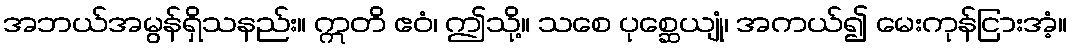
အဘယ်အမွန်ရှိသနည်း။ ဣတိ ဧဝံ၊ ဤသို့။ သစေ ပုစ္ဆေယျုံ၊ အကယ်၍ မေးကုန်ငြားအံ့။